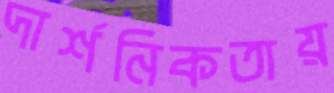
দার্শনিকতায়